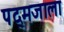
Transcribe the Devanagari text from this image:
पद्मजाला